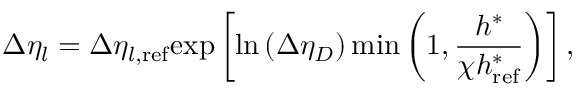
\Delta \eta _ { l } = \Delta \eta _ { l , \mathrm { r e f } } \mathrm { e x p } \left[ \mathrm { l n } \left( \Delta \eta _ { D } \right) \mathrm { m i n } \left( 1 , \frac { h ^ { * } } { \chi h _ { \mathrm { r e f } } ^ { * } } \right) \right] ,